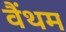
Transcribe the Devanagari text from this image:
वैंथम